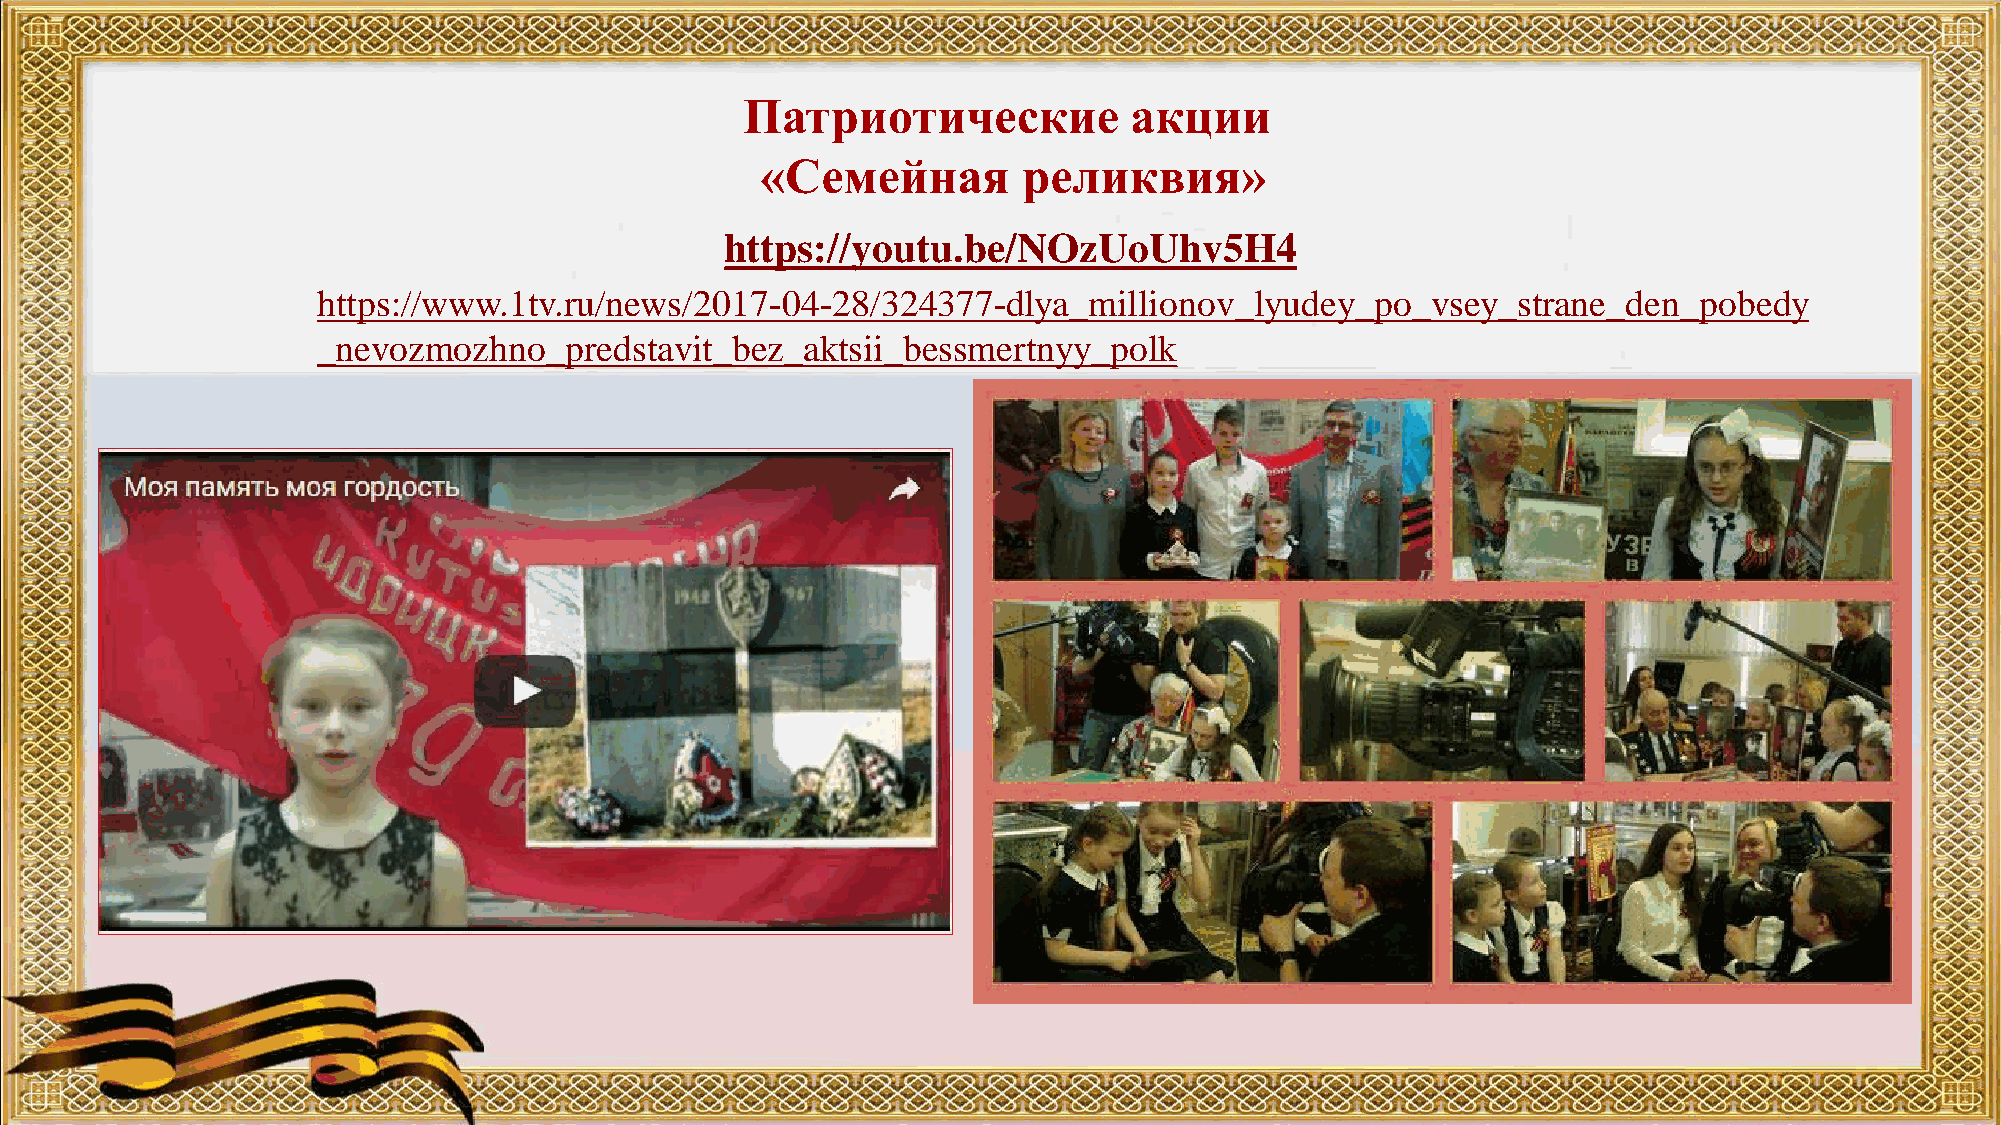
Патриотические            акции
 «Семейная         реликвия»
 https://youtu.be/NOzUoUhv5H4
 https://www.1tv.ru/news/2017-04-28/324377-dlya_millionov_lyudey_po_vsey_strane_den_pobedy
 _nevozmozhno_predstavit_bez_aktsii_bessmertnyy_polk